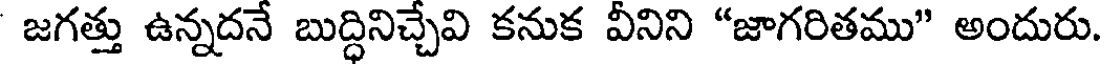
జగత్తు ఉన్నదనే బుద్ధినిచ్చేవి కనుక వీనిని "జాగరితము" అందురు.